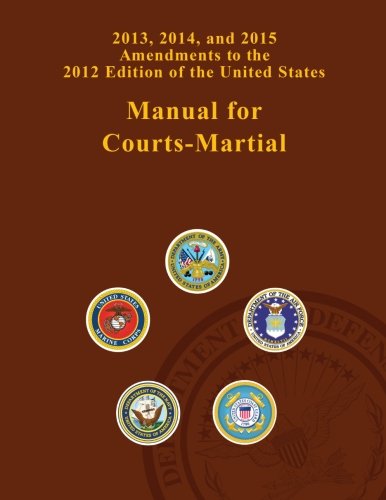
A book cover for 2013, 2014, and 2015 Amendments to the 2012 Edition of the United States Manual for Courts-Martial; United States Government US Army; Law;